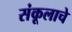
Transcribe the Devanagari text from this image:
संकूलाचे